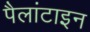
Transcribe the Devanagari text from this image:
पैलांटाइन